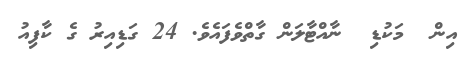
އިން  މަކުޑި  ނާއްޓާލަން ގާތްވެފައެވެ. 24 ގަޑިއިރު ގެ ކާފިއު